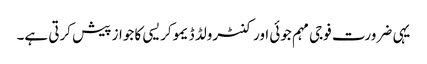
یہی ضرورت فوجی مہم جوئی اور کنٹرولڈ ڈیموکریسی کا جواز پیش کرتی ہے۔